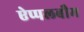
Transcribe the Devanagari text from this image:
ऐप्पलबौम